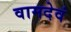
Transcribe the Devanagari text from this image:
वामदेवं